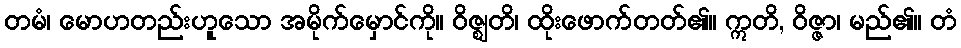
တမံ၊ မောဟတည်းဟူသော အမိုက်မှောင်ကို။ ဝိဇ္ဈတိ၊ ထိုးဖောက်တတ်၏။ ဣတိ, ဝိဇ္ဇာ၊ မည်၏။ တံ